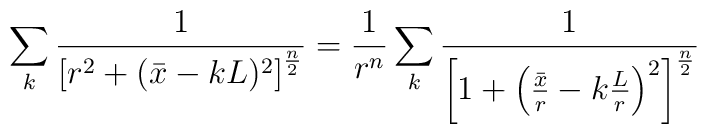
\sum_k{1\over \left[r^2+(\bar{x}-kL)^2\right]^{n\over 2}}={1\over r^n} \sum_k {1\over \left[1+\left({\bar{x}\over r}-k{L\over r}\right)^2\right]^{n\over 2}}